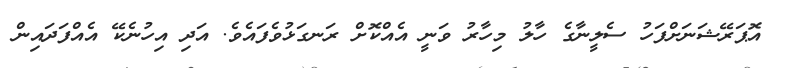
އޮޕަރޭޝަނަށްފަހު ސެލީނާގެ ހާލު މިހާރު ވަނީ އެއްކޮށް ރަނގަޅުވެފައެވެ. އަދި އިހުނެކޭ އެއްފަދައިން